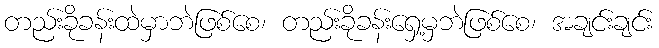
တည်းခိုခန်းထဲမှာဘဲဖြစ်စေ၊ တည်းခိုခန်းရှေ့မှဘဲဖြစ်စေ၊ အချင်းချင်း